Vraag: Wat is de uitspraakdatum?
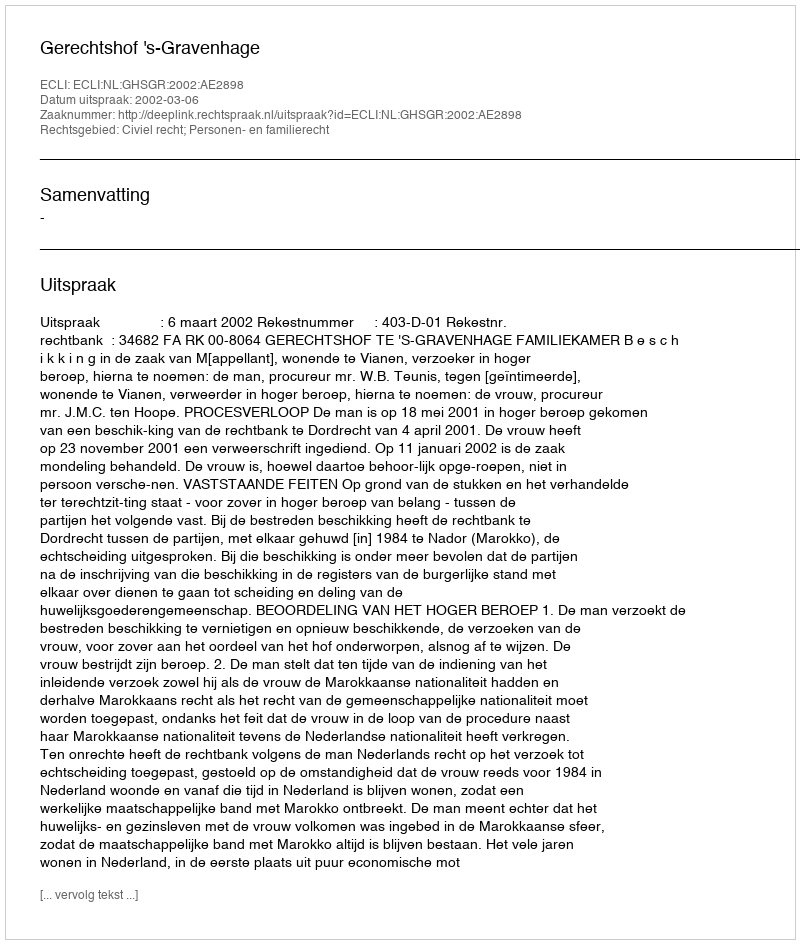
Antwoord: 2002-03-06